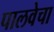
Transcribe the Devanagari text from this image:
पालवेचा